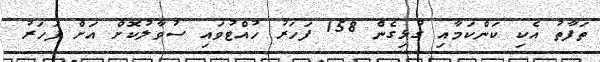
ތަފާތު އެކި ކަންކަމާއި ގުޅިގެން 158 ފަހަރު ހުއްޓުވައި ސުވާލުކޮށް އަށް ފަހަރު